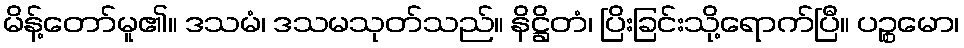
မိန့်တော်မူ၏။ ဒသမံ၊ ဒသမသုတ်သည်။ နိဋ္ဌိတံ၊ ပြိးခြင်းသို့ရောက်ပြီ။ ပဉ္စမော၊